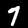
Label: 7